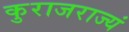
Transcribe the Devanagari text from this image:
कुराजराज्यं